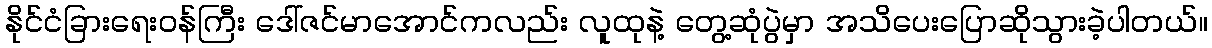
နိုင်ငံခြားရေးဝန်ကြီး ဒေါ်ဇင်မာအောင်ကလည်း လူထုနဲ့ တွေ့ဆုံပွဲမှာ အသိပေးပြောဆိုသွားခဲ့ပါတယ်။